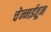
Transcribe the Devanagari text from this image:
चेन्नईतून